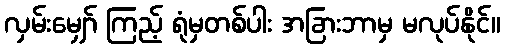
လှမ်းမျှော် ကြည့် ရုံမှတစ်ပါး အခြားဘာမှ မလုပ်နိုင်။